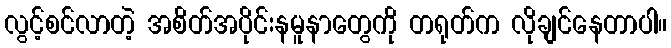
လွင့်စင်လာတဲ့ အစိတ်အပိုင်းနမူနာတွေကို တရုတ်က လိုချင်နေတာပါ။